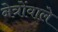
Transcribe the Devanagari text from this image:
नेत्रोंवाले